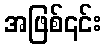
အဖြစ်၎င်း